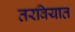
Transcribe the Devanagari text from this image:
तरवियात